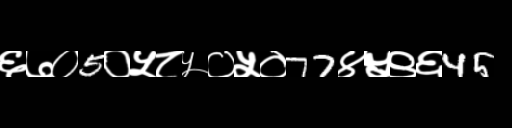
Text: ६७०5०५८५०५०77४५९६45